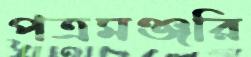
পত্রমঞ্জরি